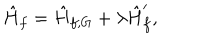
\hat { H } _ { f } = \hat { H } _ { f , G } + \lambda \hat { H } _ { f } ^ { \prime } ,